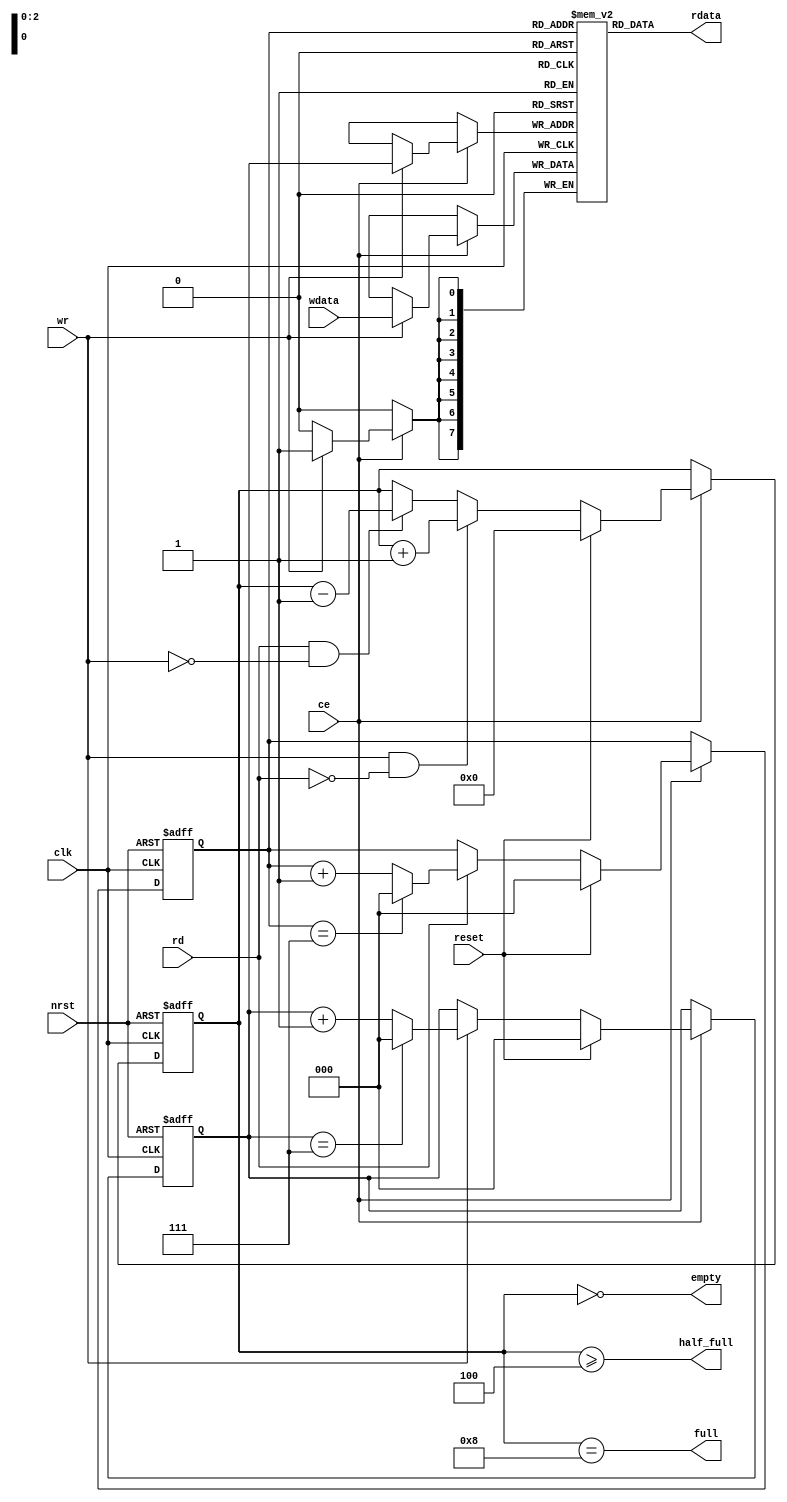
module fifo_async_rd (
    clk         ,   
    ce          ,   
    nrst        ,   
    reset       ,   
    wdata       ,   
    wr          ,   
    rd          ,   
    rdata       ,   
    empty       ,   
    half_full   ,   
    full            
    ) ;
parameter           WIDTH = 8 ;
parameter           DEPTH = 8 ;
parameter           ADDR_BITS = 3 ;
input               clk ;
input               ce ;
input               nrst ;
input               reset ;
input   [WIDTH-1:0] wdata ;
input               wr ;
input               rd ;
output  [WIDTH-1:0] rdata ;
output              empty ;
output              half_full ;
output              full ;
reg     [WIDTH-1:0]     mem [DEPTH-1:0] ;
reg     [ADDR_BITS:0]   cnt ;
reg     [ADDR_BITS-1:0] waddr ;
reg     [ADDR_BITS-1:0] raddr ;
assign empty = cnt == 0 ;
assign full = cnt == DEPTH ;
assign half_full = cnt >= DEPTH/2 ;
always @ (posedge clk or negedge nrst)
  if(~nrst)
    cnt <= 0 ; 
  else if(ce)
  begin
    if (reset)
      cnt <= 0 ;
    else if (wr & ~rd)
      cnt <= cnt +1 ;
    else if (rd & ~wr)
      cnt <= cnt -1 ;
  end
always @ (posedge clk or negedge nrst)
  if(~nrst)
    waddr <= 0 ;
  else if(ce)
  begin
    if (reset)
      waddr <= 0 ;
    else if (wr)
      waddr <= waddr == DEPTH -1 ? 0 : waddr +1 ;
  end
always @ (posedge clk or negedge nrst)
  if(~nrst)
    raddr <= 0 ;
  else if(ce)
  begin
    if (reset)
      raddr <= 0 ;
    else if (rd)
      raddr <= raddr == DEPTH -1 ? 0 : raddr +1 ;   
  end 
always @ (posedge clk)
  if(ce)
  begin
    if (wr)
      mem [waddr] <= wdata ;
  end
assign rdata = mem [raddr] ;
endmodule